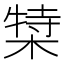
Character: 𬃿